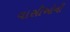
વાસીઓની